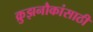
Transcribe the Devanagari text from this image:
क्रुझनौकांसाठी